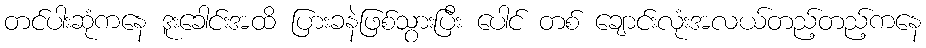
တင်ပါးဆုံကနေ ဒူးခေါင်းအထိ ပြားခနဲဖြစ်သွားပြီး ပေါင် တစ် ချောင်းလုံးအလယ်တည့်တည့်ကနေ